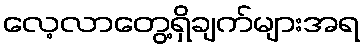
လေ့လာတွေ့ရှိချက်များအရ